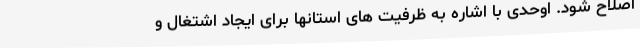
اصلاح شود. اوحدی با اشاره به ظرفیت های استانها برای ایجاد اشتغال و